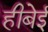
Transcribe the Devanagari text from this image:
हीबेई